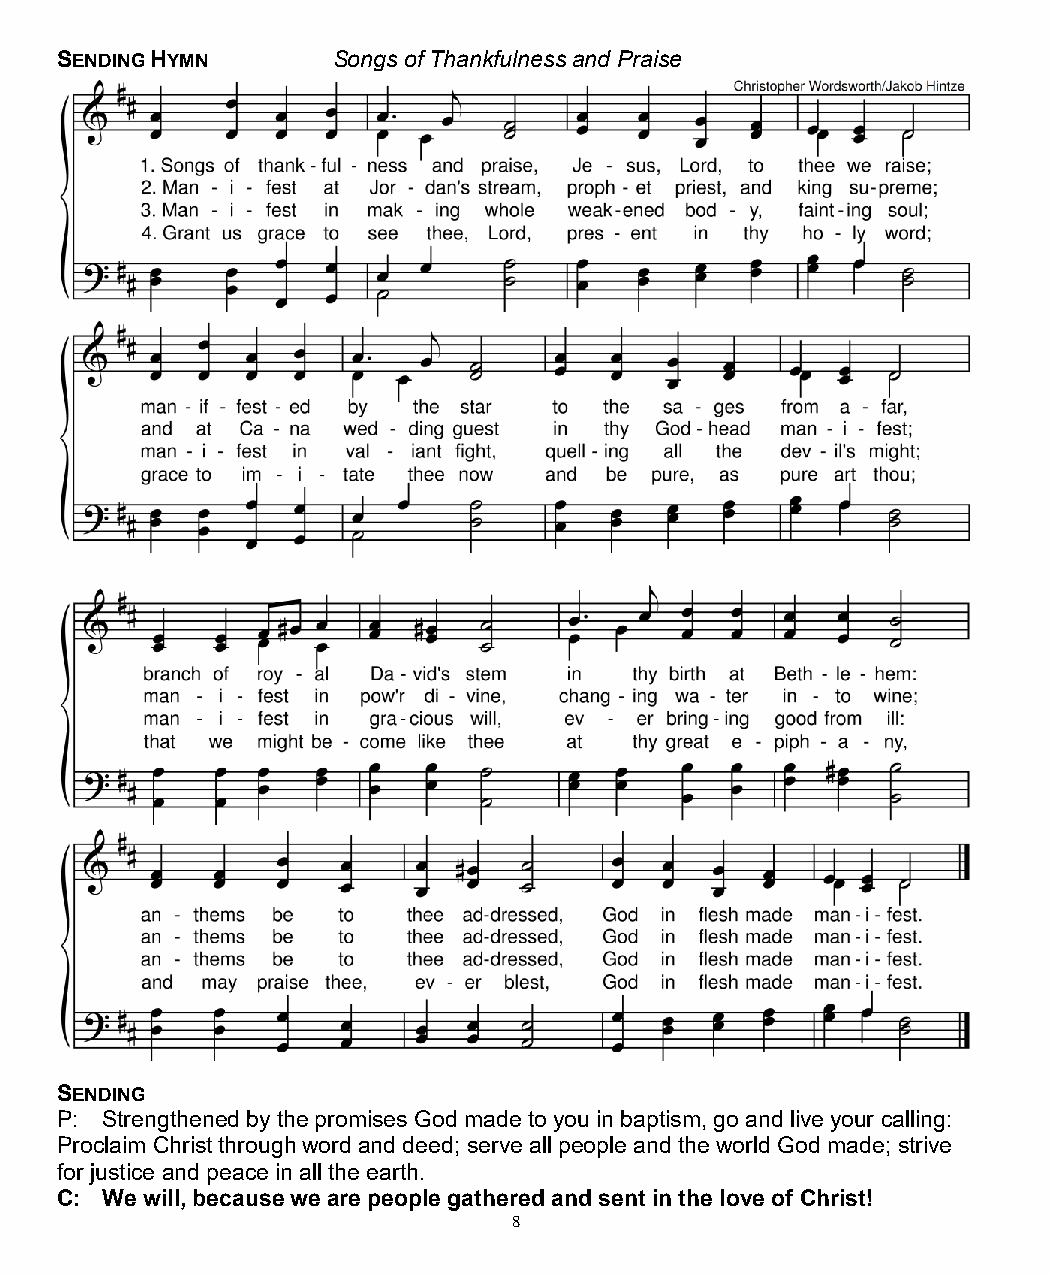
SENDING HYMN      Songs of Thankfulness and Praise
 SENDING
 P: Strengthened by the promises God made to you in baptism, go and live your calling:
 Proclaim Christ through word and deed; serve all people and the world God made; strive
 for justice and peace in all the earth.
 C: We will, because we are people gathered and sent in the love of Christ!
 8